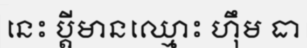
នេះ ប្តីមានឈ្មោះ ហ៊ឹម ធា